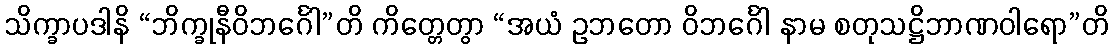
သိက္ခာပဒါနိ “ဘိက္ခုနီဝိဘင်္ဂေါ”တိ ကိတ္တေတွာ “အယံ ဥဘတော ဝိဘင်္ဂေါ နာမ စတုသဋ္ဌိဘာဏဝါရော”တိ